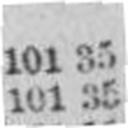
101 35